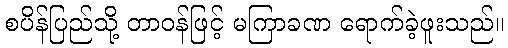
စပိန်ပြည်သို့ တာဝန်ဖြင့် မကြာခဏ ရောက်ခဲ့ဖူးသည်။